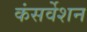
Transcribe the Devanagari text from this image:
कंसर्वेशन